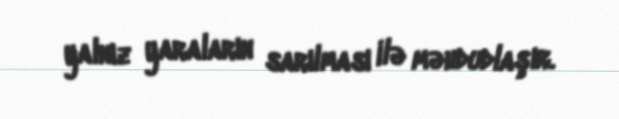
yalnız yaraların sarılması ilə məhdudlaşır.